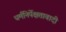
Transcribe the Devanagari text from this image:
धर्मनिर्पेक्षतावादी